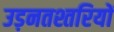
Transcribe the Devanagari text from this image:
उड़नतश्तरियों